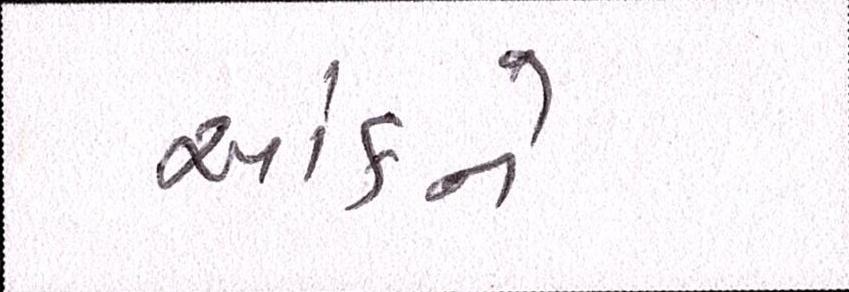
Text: આંકને